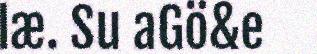
læ. Su aGö&e